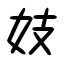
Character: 妓